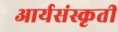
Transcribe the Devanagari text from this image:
आर्यसंस्कृती